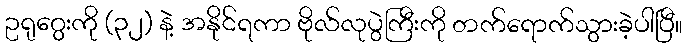
ဥရုဂွေးကို (၃၂) နဲ့ အနိုင်ရကာ ဗိုလ်လုပွဲကြီးကို တက်ရောက်သွားခဲ့ပါပြီ။